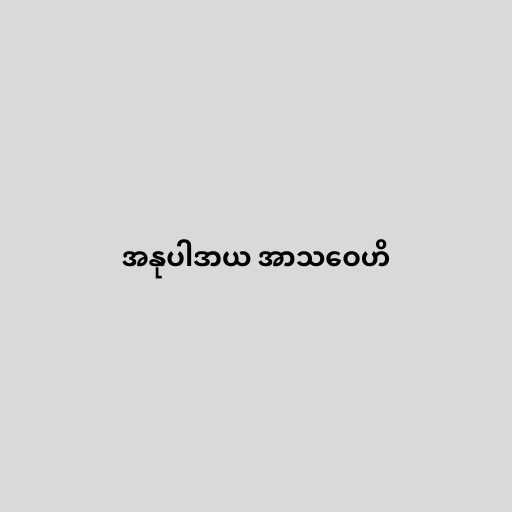
အနုပါဒာယ အာသဝေဟိ